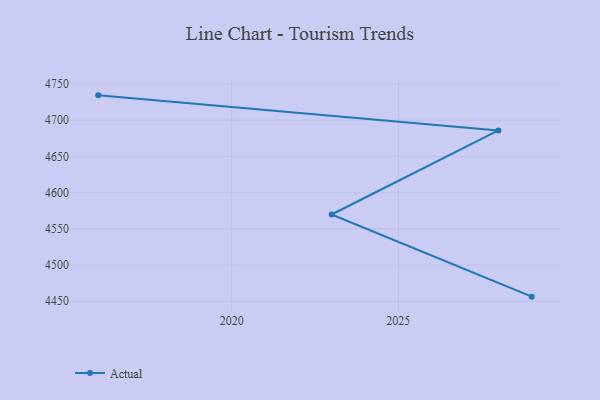
{"axis": {"x": "Year", "y": "Humidity (%)"}, "legend": ["Actual"], "data": [{"x": "2016", "y": 4734.3, "type": "Actual"}, {"x": "2028", "y": 4685.9, "type": "Actual"}, {"x": "2023", "y": 4569.8, "type": "Actual"}, {"x": "2029", "y": 4456.4, "type": "Actual"}]}